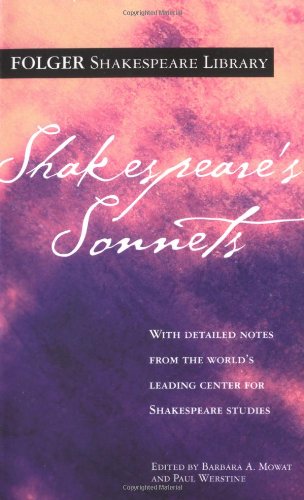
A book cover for Shakespeare's Sonnets (Folger Shakespeare Library); William Shakespeare; Literature & Fiction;